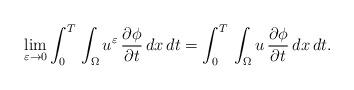
LaTeX: \begin{align*}\displaystyle\lim_{\varepsilon\to 0}\int_{0}^{T}\,\int_{\Omega}u^{\varepsilon}\,\frac{\partial \phi}{\partial t}\,dx\,dt =\int_{0}^{T}\,\int_{\Omega}u\,\frac{\partial \phi}{\partial t}\,dx\,dt.\end{align*}